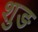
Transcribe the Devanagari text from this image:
शुङ